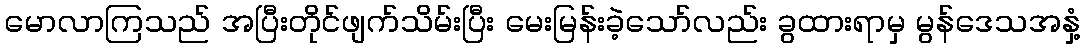
မောလာကြသည် အပြီးတိုင်ဖျက်သိမ်းပြီး မေးမြန်းခဲ့သော်လည်း ခွထားရာမှ မွန်ဒေသအနှံ့